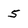
Character: 5